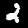
Digit: 2